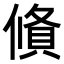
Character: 𬿩